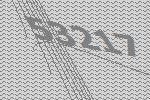
53217